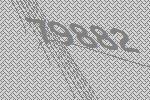
79882